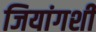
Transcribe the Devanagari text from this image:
जियांगशी